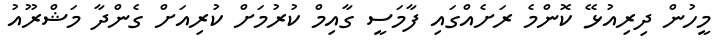
މީހުން ދިރިއުޅޭ ކޮންމެ ރަށެއްގައި ފާމަސީ ގާއިމް ކުރުމަށް ކުރިއަށް ގެންދާ މަޝްރޫއު